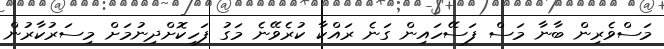
މަސްވެރިން ބާނާ މަސް ފަސޭހައިން ގަނެ ރައްކާ ކުރެވޭނެ މަގު ފަހިކޮށްދިނުމަށް މިސަރުކާރުން